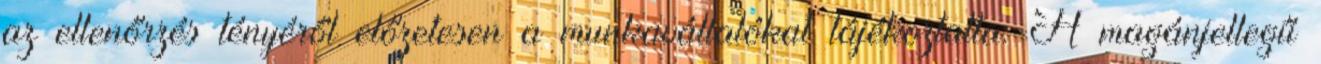
az ellenőrzés tényéről előzetesen a munkavállalókat tájékoztatta. A magánjellegű